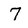
Character: 7